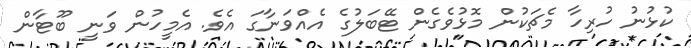
ކުޅުނު ހުރިހާ މެޗަކުން މޮޅުވެގެން ޓޭބަލުގެ އެއްވަނާގަ އެވެ. އެމީހުން ވަނީ ބޫޓާން